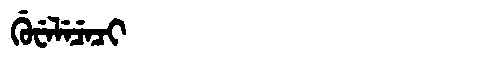
Manchu: ᡤᡠᠸᡝᠯᡝᠴᡝᠴᡳ
Romanization: GUWELECECI